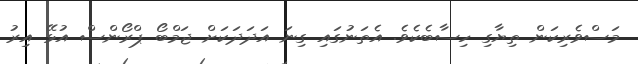
މަސްވެރިކަން ތިޔާގި ހިސާބެކެވެ. އެތަނުގައި ގިނަ އަދަދަކަށް ޖަމްބޯ ޕްރޯންސް އުޅޭ އިރު